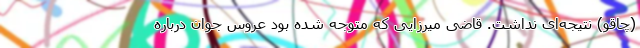
(چاقو) نتیجه‌ای نداشت. قاضی میرزایی که متوجه شده بود عروس جوان درباره